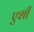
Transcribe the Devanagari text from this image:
एशी